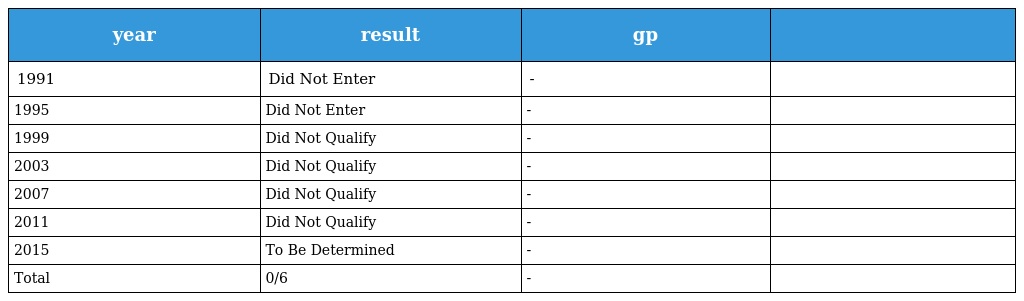
| year | result | gp |  |
 | --- | --- | --- | --- |
 | 1991 | Did Not Enter | - |  |
 | 1995 | Did Not Enter | - |  |
 | 1999 | Did Not Qualify | - |  |
 | 2003 | Did Not Qualify | - |  |
 | 2007 | Did Not Qualify | - |  |
 | 2011 | Did Not Qualify | - |  |
 | 2015 | To Be Determined | - |  |
 | Total | 0/6 | - |  |